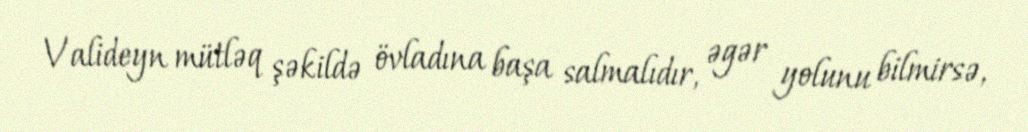
Valideyn mütləq şəkildə övladına başa salmalıdır, əgər yolunu bilmirsə,